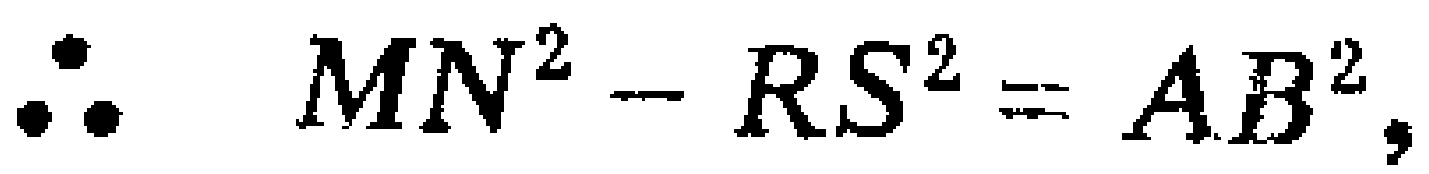
\(\therefore MN^{2}-RS^{2}=AB^{2},\)